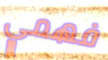
فهمي